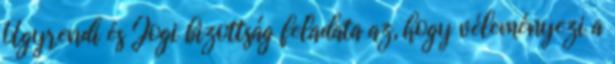
Ügyrendi és Jogi bizottság feladata az, hogy véleményezi a